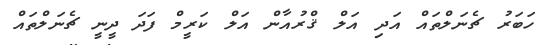
ހަބަރު ޗެނަލްތައް އަދި އަލް ޤްރުއާން އަލް ކަރީމް ފަދަ ދީނީ ޗެނަލްތައް